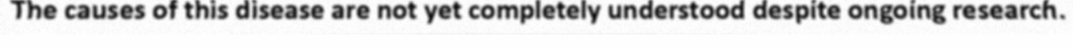
The causes of this disease are not yet completely understood despite ongoing research.